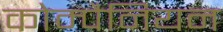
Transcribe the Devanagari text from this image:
कोम्पैनियन